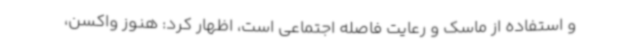
و استفاده از ماسک و رعایت فاصله اجتماعی است، اظهار کرد: هنوز واکسن،